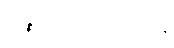
ဝန်ထမ်းများအား